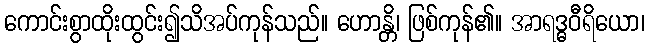
ကောင်းစွာထိုးထွင်း၍သိအပ်ကုန်သည်။ ဟောန္တိ၊ ဖြစ်ကုန်၏။ အာရဒ္ဓဝီရိယော၊